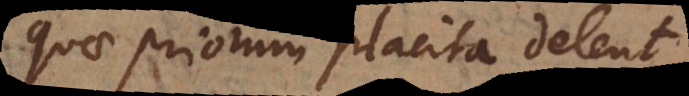
quae priorum placita delent,